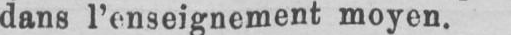
dans l’enseignement moyen.